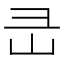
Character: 㞪